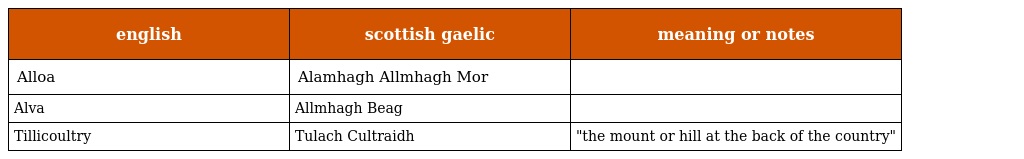
| english | scottish gaelic | meaning or notes |
 | --- | --- | --- |
 | Alloa | Alamhagh Allmhagh Mor |  |
 | Alva | Allmhagh Beag |  |
 | Tillicoultry | Tulach Cultraidh | "the mount or hill at the back of the country" |